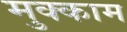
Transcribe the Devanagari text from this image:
मुक्‍काम